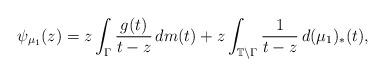
LaTeX: \begin{align*}\psi_{\mu_{1}}(z)=z\int_{\Gamma}\frac{g(t)}{t-z}\,dm(t)+z\int_{\mathbb{T}\setminus\Gamma}\frac{1}{t-z}\,d(\mu_{1})_{*}(t),\end{align*}